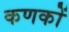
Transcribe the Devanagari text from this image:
कणकों